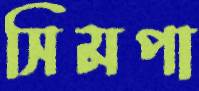
সিমপা